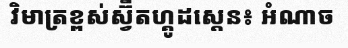
វិមាត្រខ្ពស់ស្វ៊ីតហ្គូដស្តេន៖ អំណាច